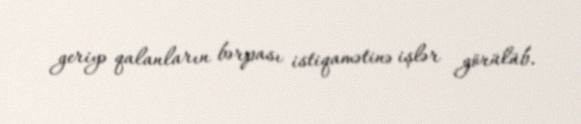
geriyə qalanların bərpası istiqamətinə işlər görülüb.